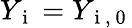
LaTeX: Y_{\mathrm{~i~}}=Y_{\mathrm{~i~,~0~}}